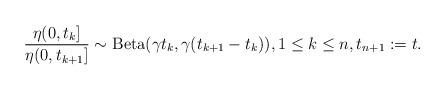
LaTeX: \begin{align*} \frac{\eta(0,t_{k}]}{\eta(0,t_{k+1}]}\sim \mathrm{Beta} (\gamma t_k,\gamma(t_{k+1}-t_k)),1\le k\le n,t_{n+1}:=t. \end{align*}